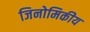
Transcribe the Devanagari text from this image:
जिनोमिकीय